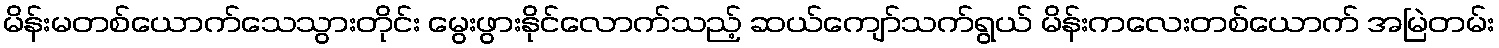
မိန်းမတစ်ယောက်သေသွားတိုင်း မွေးဖွားနိုင်လောက်သည့် ဆယ်ကျော်သက်ရွယ် မိန်းကလေးတစ်ယောက် အမြဲတမ်း